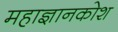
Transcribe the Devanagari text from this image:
महाज्ञानकोश